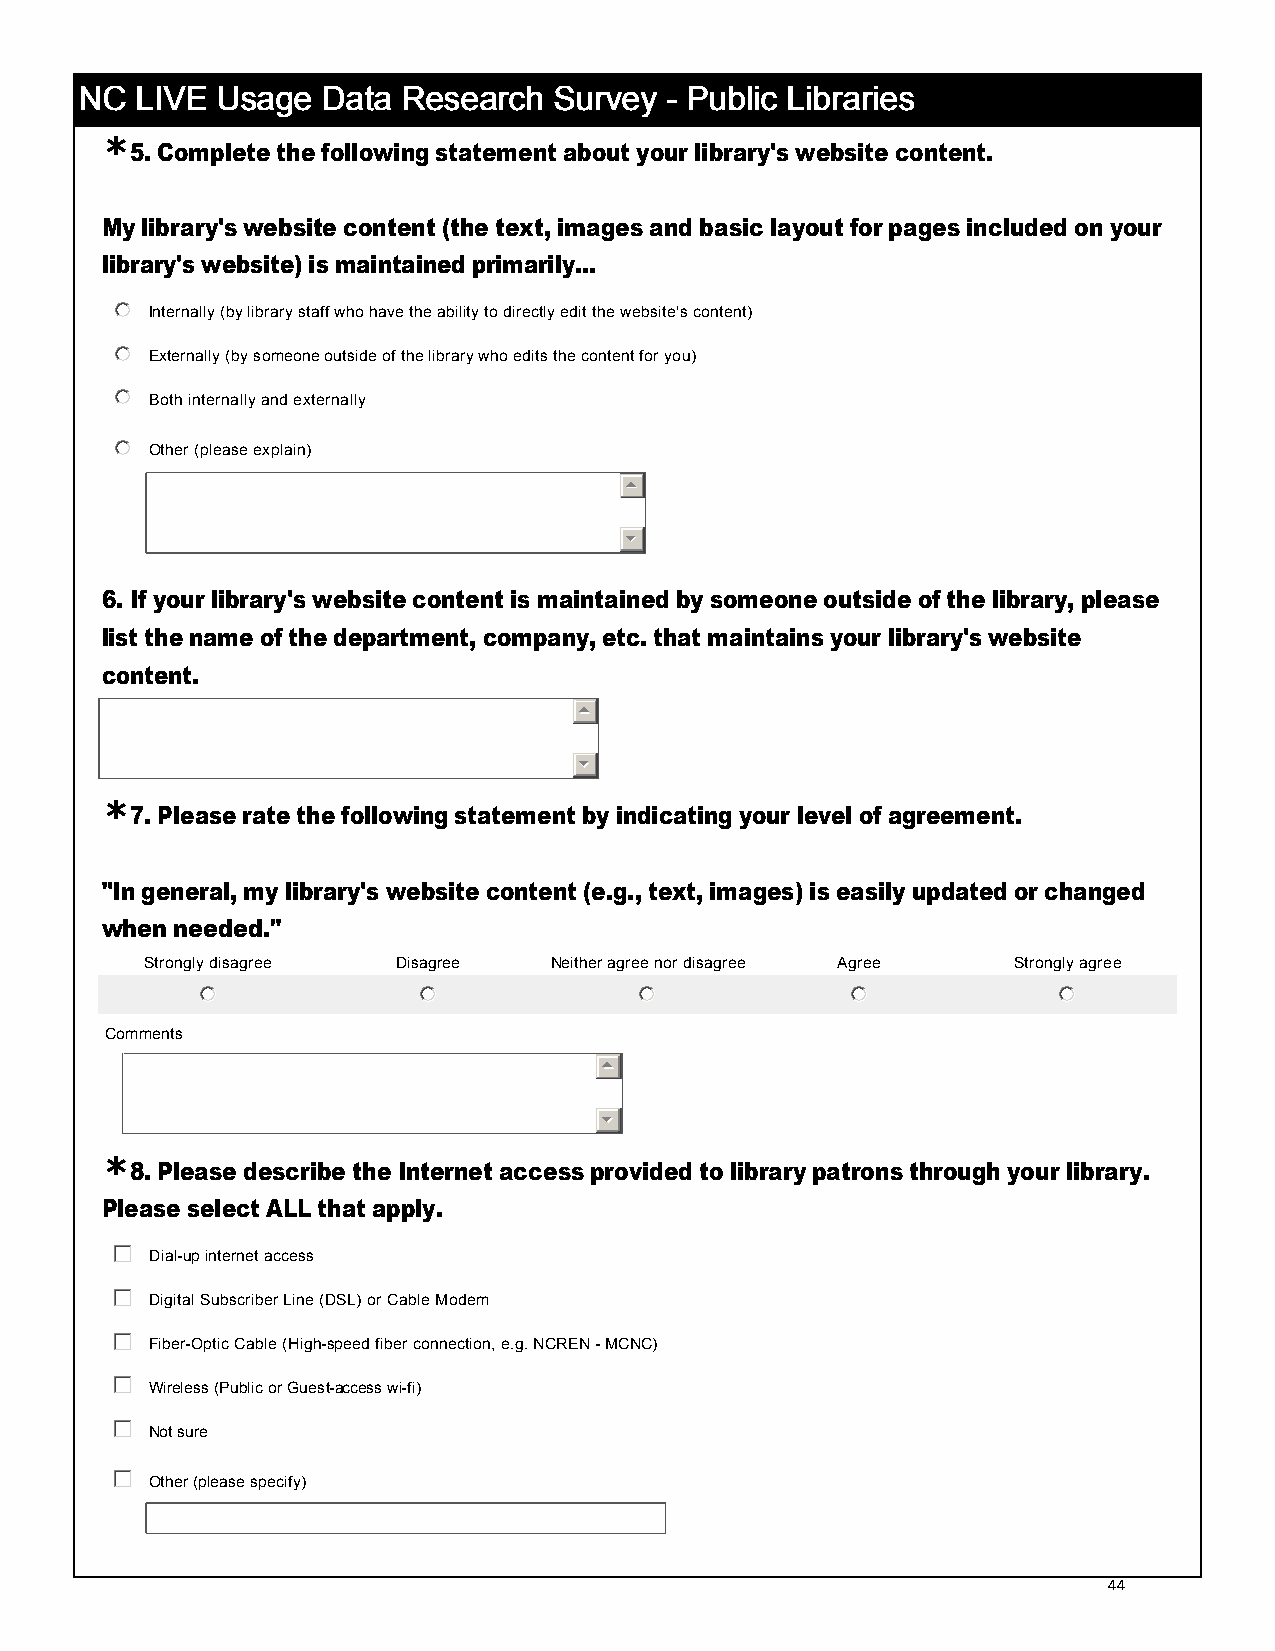
NNNNCCCC LLLLIIIIVVVVEEEE UUUUssssaaaaggggeeee DDDDaaaattttaaaa RRRReeeesssseeeeaaaarrrrcccchhhh SSSSuuuurrrrvvvveeeeyyyy ---- PPPPuuuubbbblllliiiicccc LLLLiiiibbbbrrrraaaarrrriiiieeeessss
 *
 5. Complete the following statement about your library's website content.
 My library's website content (the text, images and basic layout for pages included on your
 library's website) is maintained primarily...
  Internally (by library staff who have the ability to directly edit the website's content)
  Externally (by someone outside of the library who edits the content for you)
  Both internally and externally
  Other (please explain)
 
 
 6. If your library's website content is maintained by someone outside of the library, please
 list the name of the department, company, etc. that maintains your library's website
 content.
 
 
 *
 7. Please rate the following statement by indicating your level of agreement.
 "In general, my library's website content (e.g., text, images) is easily updated or changed
 when needed."
 Strongly disagree Disagree Neither agree nor disagree Agree Strongly agree
                                      
 Comments
 
 
 *
 8. Please describe the Internet access provided to library patrons through your library.
 Please select ALL that apply.
  Dial-­up internet access
  Digital Subscriber Line (DSL) or Cable Modem
  Fiber-­Optic Cable (High-­speed fiber connection, e.g. NCREN -­ MCNC)
  Wireless (Public or Guest-­access wi-­fi)
  Not sure
  Other (please specify)
 44